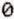
0